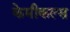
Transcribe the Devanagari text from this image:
केमीकल्स